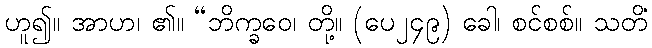
ဟူ၍။ အာဟ၊ ၏။ “ဘိက္ခဝေ၊ တို့။ (ပေ၂၄၉) ခေါ၊ စင်စစ်။ သတိံ